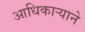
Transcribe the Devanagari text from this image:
आधिकार्‍याने